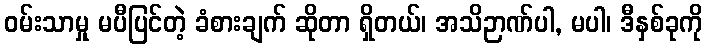
ဝမ်းသာမှု မပီပြင်တဲ့ ခံစားချက် ဆိုတာ ရှိတယ်၊ အသိဉာဏ်ပါ, မပါ၊ ဒီနှစ်ခုကို